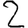
Digit: 2